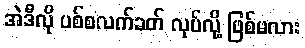
အဲဒီလို ပစ်စလက်ခတ် လုပ်လို့ ဖြစ်မလား